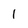
Character: 1